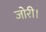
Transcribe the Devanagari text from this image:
जोरी।